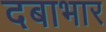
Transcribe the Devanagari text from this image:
दबाभार